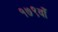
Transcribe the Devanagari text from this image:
१७९वाँ